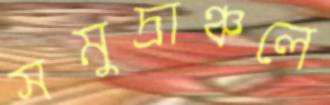
সমুদ্রাঞ্চলে